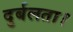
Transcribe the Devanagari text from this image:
दुर्बलता।